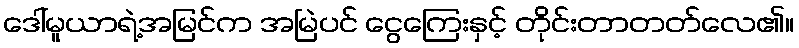
ဒေါ်မူယာရဲ့အမြင်က အမြဲပင် ငွေကြေးနှင့် တိုင်းတာတတ်လေ၏။